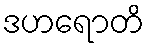
ဒဟရောတိ